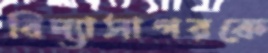
বিদ্যাসাগরকে